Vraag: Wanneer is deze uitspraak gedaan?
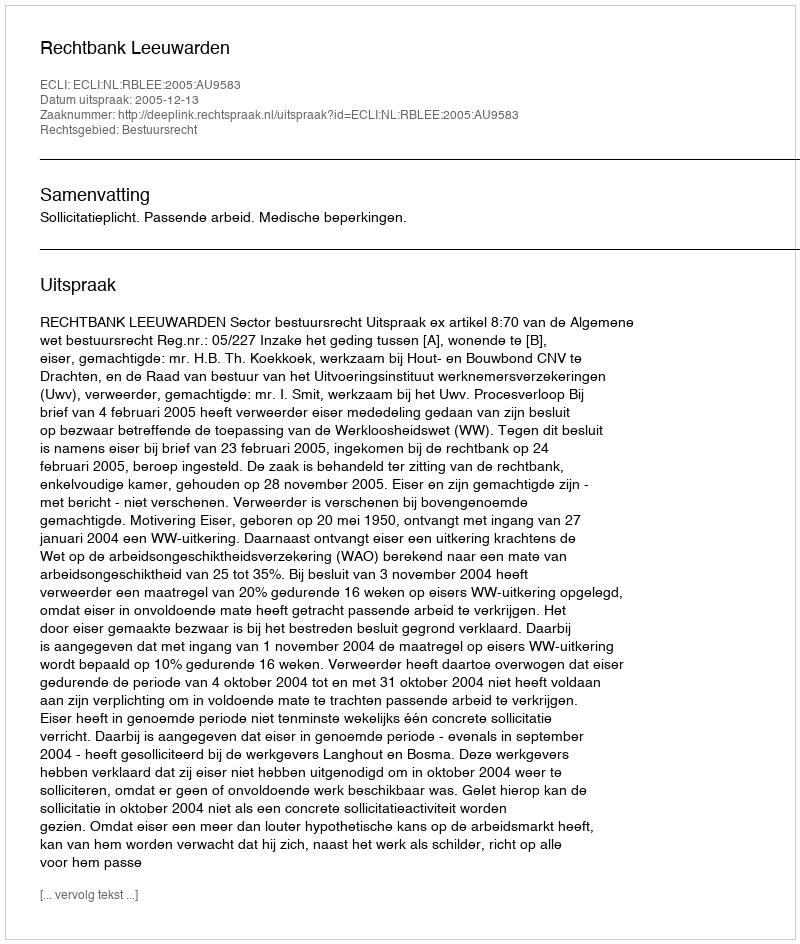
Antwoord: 2005-12-13